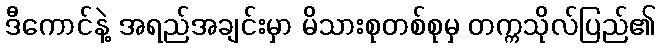
ဒီကောင်နဲ့ အရည်အချင်းမှာ မိသားစုတစ်စုမှ တက္ကသိုလ်ပြည်၏